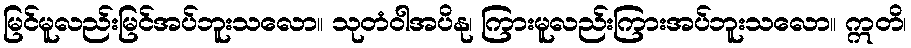
မြင်မူလည်းမြင်အပ်ဘူးသလော။ သုတံဝါအပိနု၊ ကြားမူလည်းကြားအပ်ဘူးသလော။ ဣတိ၊